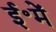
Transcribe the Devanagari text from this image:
ई॰में